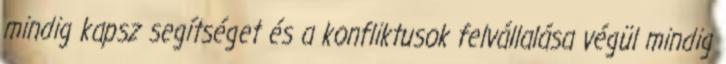
mindig kapsz segítséget és a konfliktusok felvállalása végül mindig